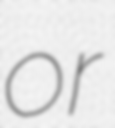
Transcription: or